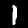
Label: 1